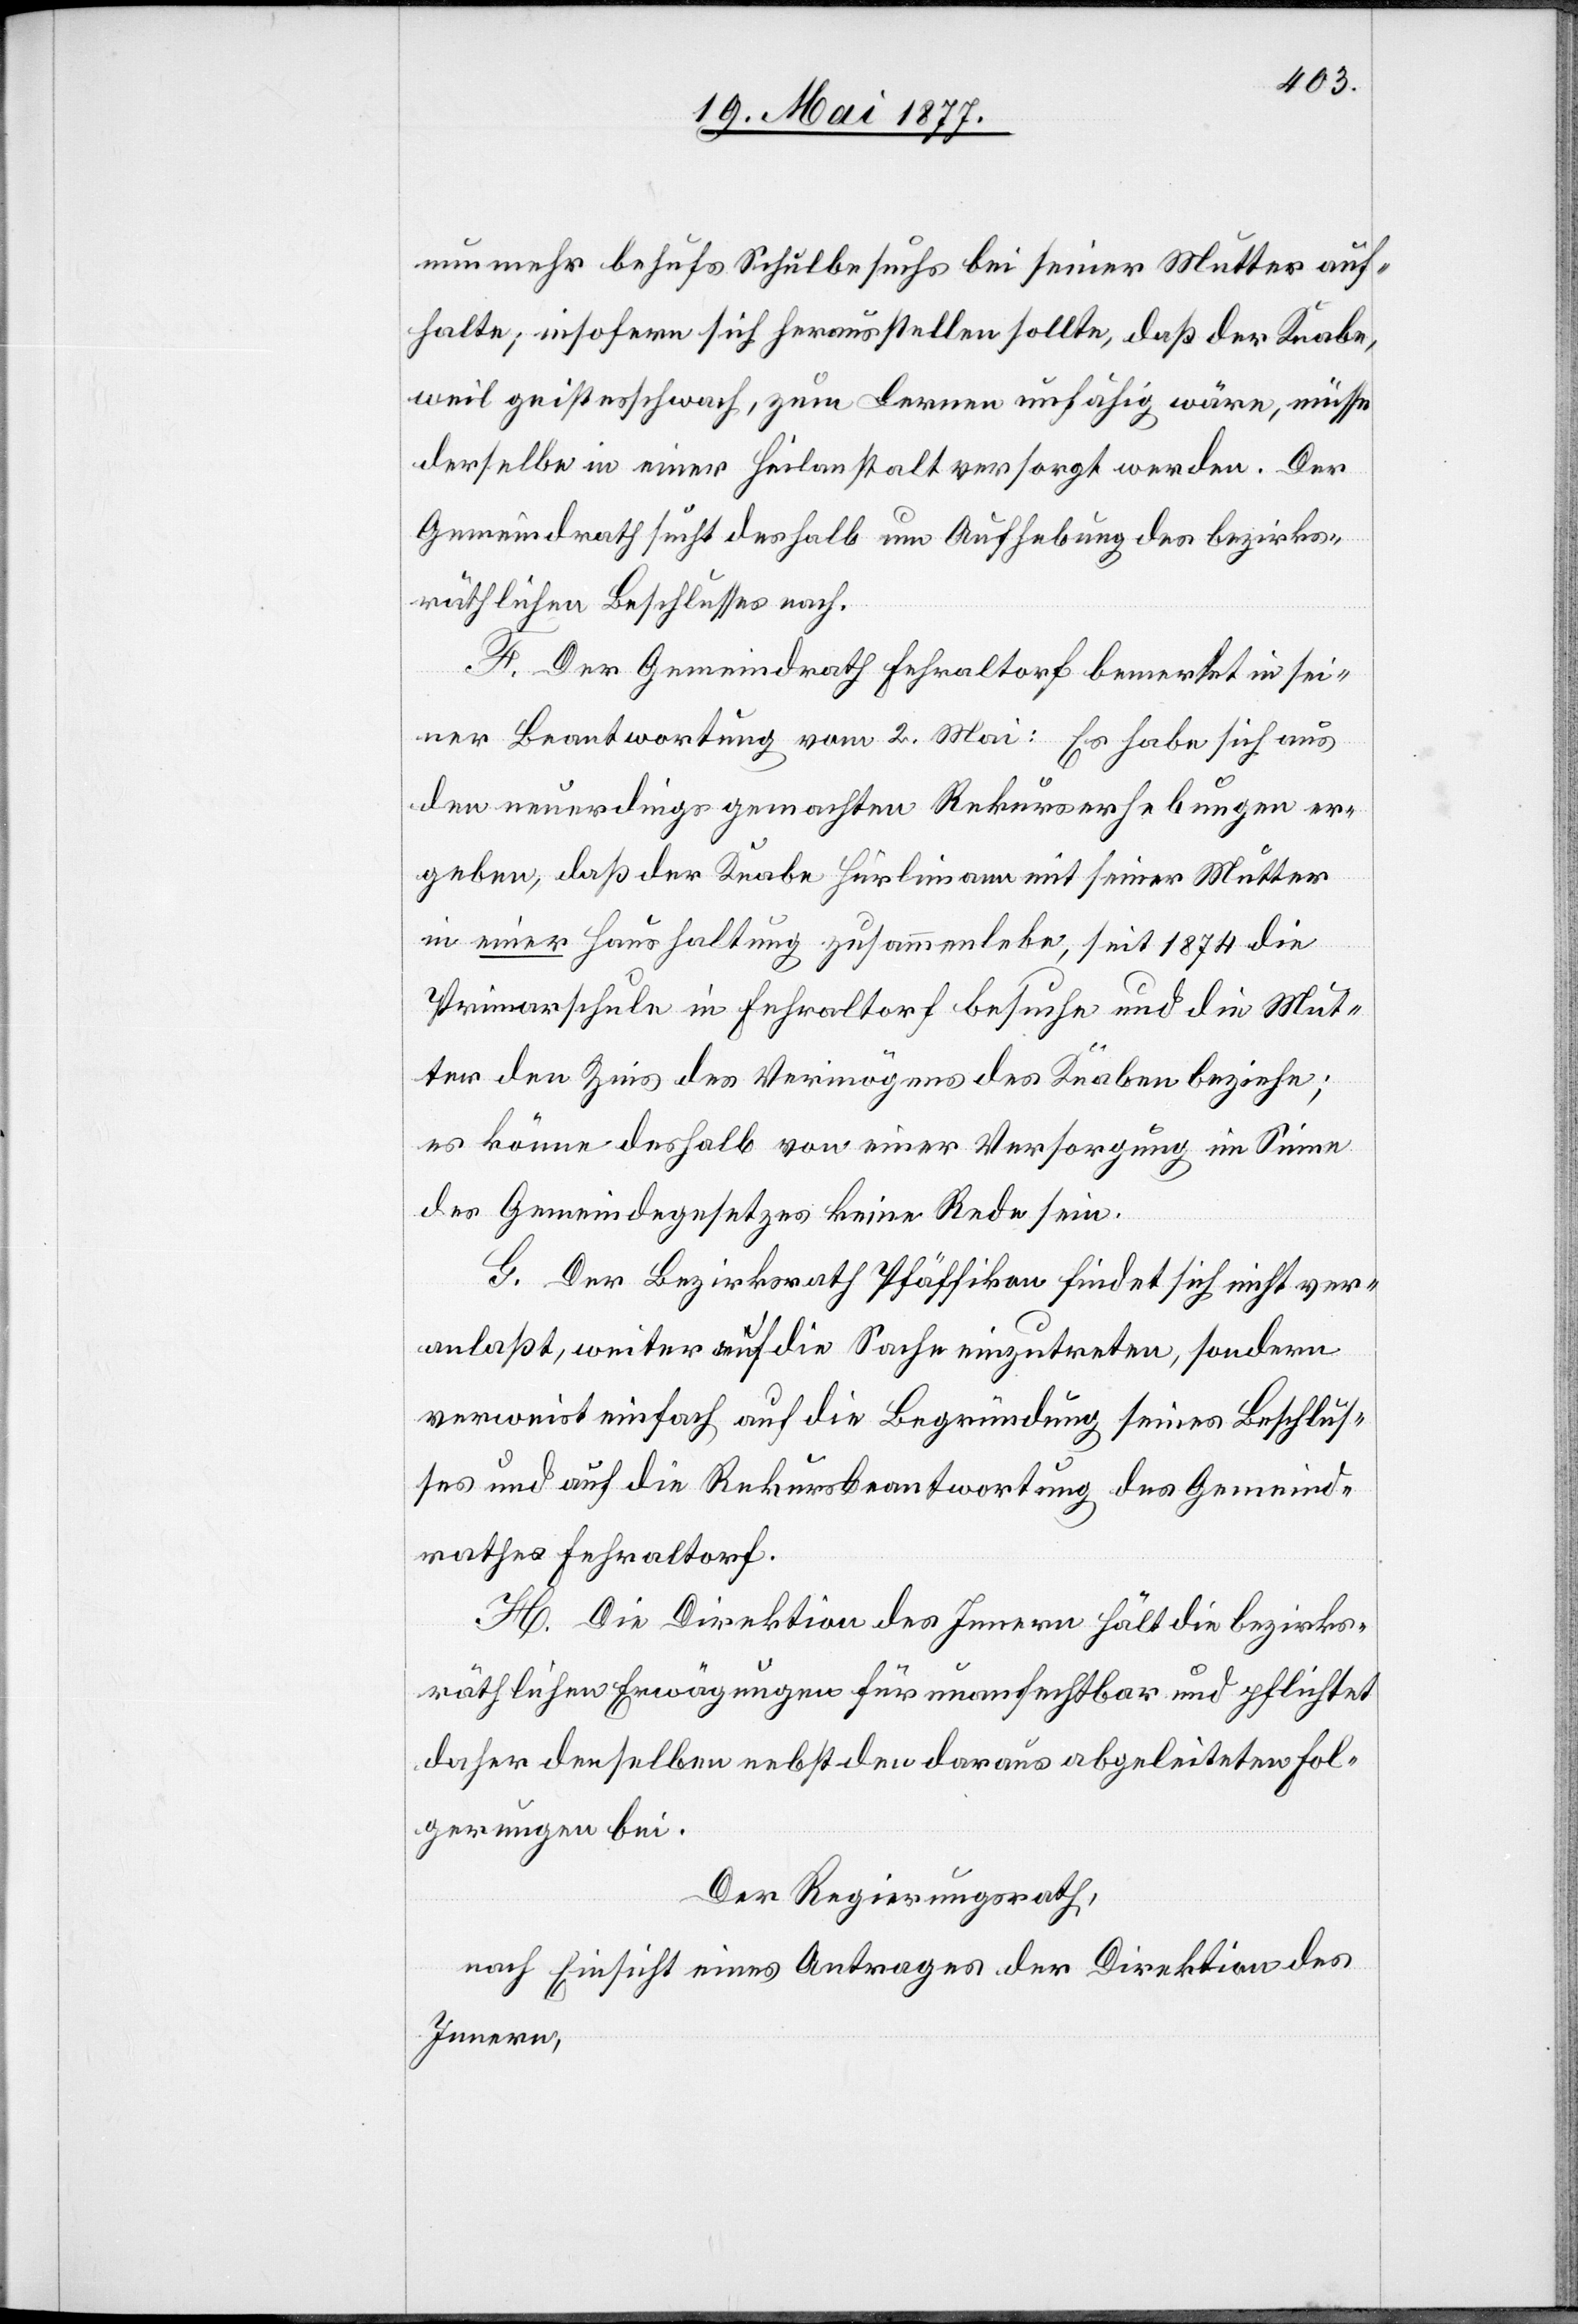
nunmehr behufs Schulbesuchs bei seiner Mutter auf¬
halte; insofern sich herausstellen sollte, daß der Knabe,
weil geistesschwach, zum Lernen unfähig wäre, müsse
derselbe in einer Heilanstalt versorgt werden. Der
Gemeindrath sucht deshalb um Aufhebung des bezirks¬
räthlichen Beschlusses nach.
F. Der Gemeindrath Fehraltorf bemerkt in sei¬
ner Beantwortung vom 2. Mai: Es habe sich aus
den neuerdings gemachten Rekurserhebungen er¬
geben, daß der Knabe Hürlimann mit seiner Mutter
in einer Haushaltung zusammenlebe, seit 1874 die
Primarschule Fehraltorf besuche und die Mut¬
ter den Zins des Vermögens des Knaben beziehe;
es könne deshalb von einer Versorgung im Sinne
des Gemeindesgesetzes keine Rede sein.
G. Der Bezirksrath Pfäffikon findet sich nicht ver¬
anlaßt, weiter auf die Sache einzutreten, sondern
verweist einfach auf die Begründung seines Beschlus¬
ses und auf die Rekursbeantwortung des Gemeind¬
rathes Fehraltorf.
H. Die Direktion des Innern hält die bezirks¬
räthlichen Erwägungen für unanfechtbar und pflichtet
daher denselben nebst den daraus abgeleiteten Fol¬
gerungen bei.
Der Regierungsrath,
nach Einsicht eines Antrages der Direktion des
Innern,